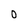
Character: 0